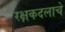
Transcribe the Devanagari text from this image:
रक्षकदलाचे